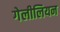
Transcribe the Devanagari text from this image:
गेलीलियन